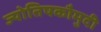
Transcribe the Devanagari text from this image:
ज्योतिषकौमुदी